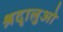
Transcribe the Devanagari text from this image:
श्रदृालुओ